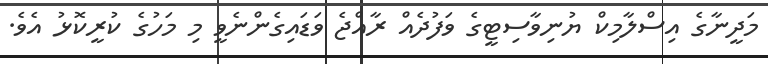
މަދީނާގެ އިސްލާމިކް ޔުނިވާސިޓީގެ ވަފުދެއް ރާއްޖެ ވަޑައިގެންނެވީ މި މަހުގެ ކުރީކޮޅު އެވެ.